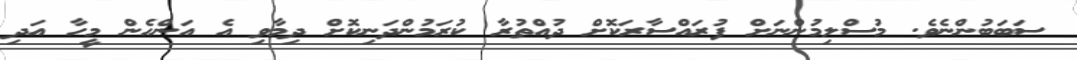
ސަބަބުންނެވެ. މުސްލިމުންނަށް ފުރައްސާރަކޮށް ދުއްތުރާ ކުރަމުންދަނިކޮށް ދިމާވި އެ އަންހެން މީހާ އަދި